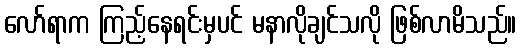
လော်ရာက ကြည့်နေရင်းမှပင် မနာလိုချင်သလို ဖြစ်လာမိသည်။